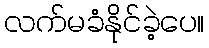
လက်မခံနိုင်ခဲ့ပေ။